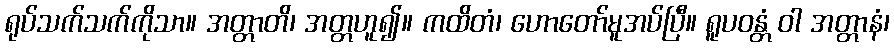
ရုပ်သက်သက်ကိုသာ။ အတ္တာတိ၊ အတ္တဟူ၍။ ကထိတံ၊ ဟောတော်မူအပ်ပြီ။ ရူပဝန္တံ ဝါ အတ္တာနံ၊